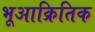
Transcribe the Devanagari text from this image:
भूआक्रितिक